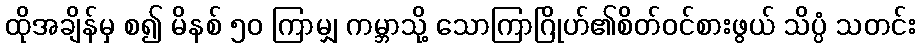
ထိုအချိန်မှ စ၍ မိနစ် ၅၀ ကြာမျှ ကမ္ဘာသို့ သောကြာဂြိုဟ်၏စိတ်ဝင်စားဖွယ် သိပ္ပံ သတင်း